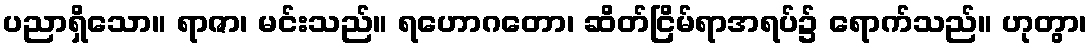
ပညာရှိသော။ ရာဇာ၊ မင်းသည်။ ရဟောဂတော၊ ဆိတ်ငြိမ်ရာအရပ်၌ ရောက်သည်။ ဟုတွာ၊